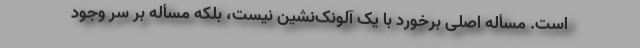
است. مسأله اصلی برخورد با یک آلونک‌نشین نیست، بلکه مسأله بر سر وجود